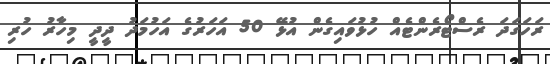
ރަހަގަދަ ރެސްޓޯރެންޓެއް ހުޅުވައިގެން އުޅޭ 50 އަހަރުގެ އަހުމަދު ދީދީ މިހާރު ހުރި